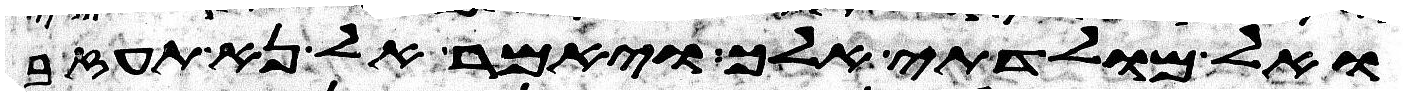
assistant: ואל מולדתי אלך ויאמר אל נא תעזב